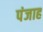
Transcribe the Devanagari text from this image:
पंजाह